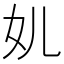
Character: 𱙂